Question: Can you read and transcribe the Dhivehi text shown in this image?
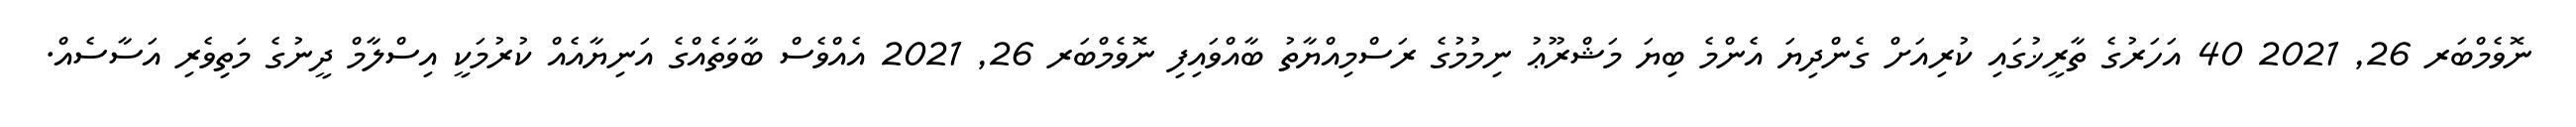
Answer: ނޮވެމްބަރ 26, 2021 40 އަހަރުގެ ތާރީޚުގައި ކުރިއަށް ގެންދިޔަ އެންމެ ބިޔަ މަޝްރޫޢު ނިމުމުގެ ރަސްމިއްޔާތު ބާއްވައިފި ނޮވެމްބަރ 26, 2021 އެއްވެސް ބާވަތެއްގެ އަނިޔާއެއް ކުރުމަކީ އިސްލާމް ދީނުގެ މަތިވެރި އަސާސެއް.